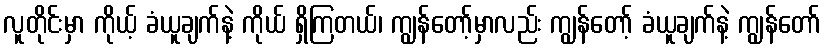
လူတိုင်းမှာ ကိုယ့် ခံယူချက်နဲ့ ကိုယ် ရှိကြတယ်၊ ကျွန်တော့်မှာလည်း ကျွန်တော့် ခံယူချက်နဲ့ ကျွန်တော်